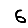
Digit: 6